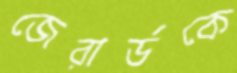
জেরার্ডকে